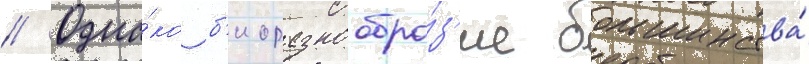
// Одна́ко б'иоразнообра́з'ие большинства́